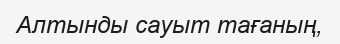
Алтынды сауыт тағаның,